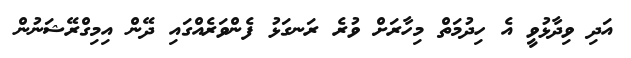
އަދި ވިދާޅުވީ އެ ހިދުމަތް މިހާރަށް ވުރެ ރަނގަޅު ފެންވަރެއްގައި ދޭން އިމިގްރޭޝަނުން